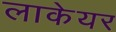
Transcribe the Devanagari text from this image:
लाकेयर